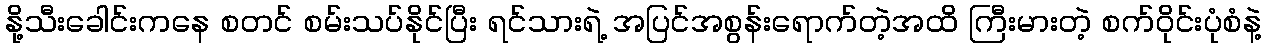
နို့သီးခေါင်းကနေ စတင် စမ်းသပ်နိုင်ပြီး ရင်သားရဲ့ အပြင်အစွန်းရောက်တဲ့အထိ ကြီးမားတဲ့ စက်ဝိုင်းပုံစံနဲ့